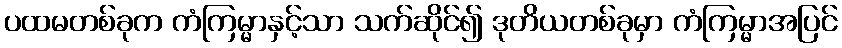
ပထမတစ်ခုက ကံကြမ္မာနှင့်သာ သက်ဆိုင်၍ ဒုတိယတစ်ခုမှာ ကံကြမ္မာအပြင်